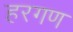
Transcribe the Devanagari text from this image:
हरगण